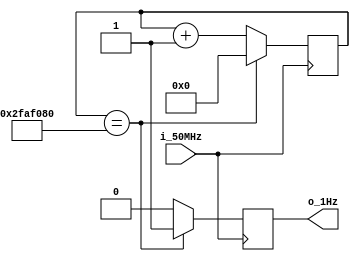
module clk_50MHz_to_1Hz (
    input i_50MHz,
    output o_1Hz
);
reg [25:0] r_counter=0;
reg        r_state = 0;

parameter c_count_limit = 50000000 ; // 50 MHz to 1Hz convertion
always @(posedge i_50MHz)
 begin
    if(r_counter == c_count_limit)
    begin
        r_counter <= 0;
        r_state <= 1'b1;
    end
    else
    begin
        r_counter <= r_counter +1;
        r_state <= 0;
    end
end
    
assign o_1Hz = r_state;

endmodule